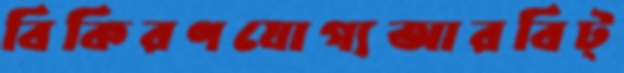
বিকিরণযোগ্যআরবিট্